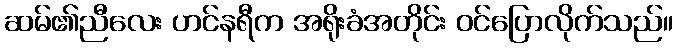
ဆမ်၏ညီလေး ဟင်နရီက အရိုးခံအတိုင်း ဝင်ပြောလိုက်သည်။